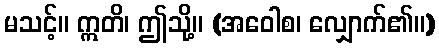
မသင့်။ ဣတိ၊ ဤသို့။ (အဝေါစ၊ လျှောက်၏။)